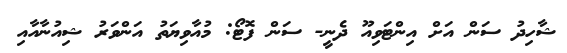
ޝާހިދު ސަން އަށް އިންޓަވިއޫ ދެނީ- ސަން ފޮޓޯ: މުއާވިޔަތު އަންވަރު ޝިއުނާއާއި